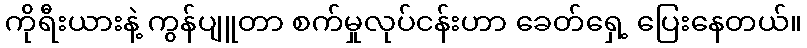
ကိုရီးယားနဲ့ ကွန်ပျူတာ စက်မှုလုပ်ငန်းဟာ ခေတ်ရှေ့ ပြေးနေတယ်။